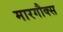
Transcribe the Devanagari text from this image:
मारगौक्स